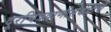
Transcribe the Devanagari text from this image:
दूरचित्रवाणीसंबंधीचे